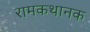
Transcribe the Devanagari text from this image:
रामकथानक